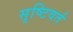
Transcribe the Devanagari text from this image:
सृष्टिवर्त